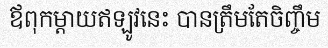
ឪពុកម្តាយឥឡូវនេះ បានត្រឹមតែចិញ្ចឹម